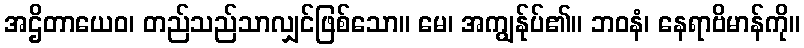
အဌိတာယေဝ၊ တည်သည်သာလျှင်ဖြစ်သော။ မေ၊ အကျွန်ုပ်၏။ ဘဝနံ၊ နေရာဗိမာန်ကို။